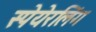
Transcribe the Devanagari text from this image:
स्पेयेरलिंग